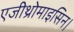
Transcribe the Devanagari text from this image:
एजीथ्रोमाइसिन।